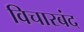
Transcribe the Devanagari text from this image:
विचारबंद